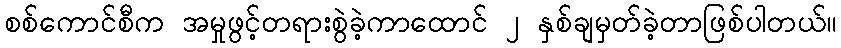
စစ်ကောင်စီက အမှုဖွင့်တရားစွဲခဲ့ကာထောင် ၂ နှစ်ချမှတ်ခဲ့တာဖြစ်ပါတယ်။